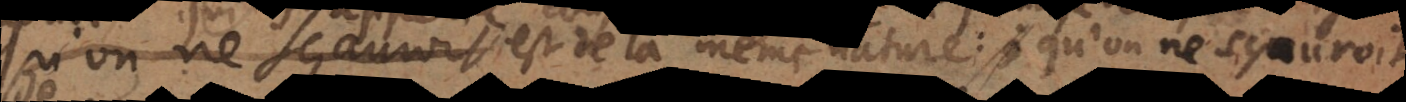
nostre religion est de la même nature: qu’on ne sçauroit